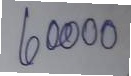
60000